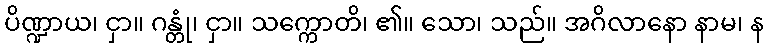
ပိဏ္ဍာယ၊ ငှာ။ ဂန္တုံ၊ ငှာ။ သက္ကောတိ၊ ၏။ သော၊ သည်။ အဂိလာနော နာမ၊ န